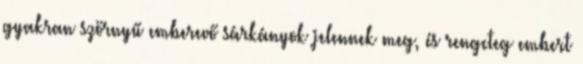
gyakran szörnyű emberevő sárkányok jelennek meg, és rengeteg embert